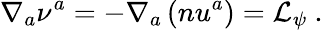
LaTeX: \nabla_{a}\nu^{a}=-\nabla_{a}\left(nu^{a}\right)=\mathcal{L}_{\psi}~.